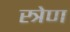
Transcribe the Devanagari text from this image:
स्त्रेण